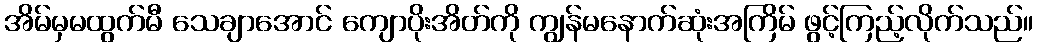
အိမ်မှမထွက်မီ သေချာအောင် ကျောပိုးအိတ်ကို ကျွန်မနောက်ဆုံးအကြိမ် ဖွင့်ကြည့်လိုက်သည်။